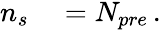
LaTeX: \begin{array}{rl}{n_{s}}&{{}=N_{pre}\, .}\end{array}